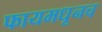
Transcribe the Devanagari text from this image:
फायमधूनच